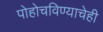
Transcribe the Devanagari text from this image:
पोहोचविण्याचेही